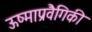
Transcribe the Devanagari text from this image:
ऊष्माप्रवैगिकी